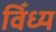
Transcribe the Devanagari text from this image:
विँध्य